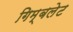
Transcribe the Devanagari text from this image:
गिम्बलेट